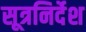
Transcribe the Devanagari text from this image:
सूत्रनिर्देश